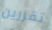
تقررين